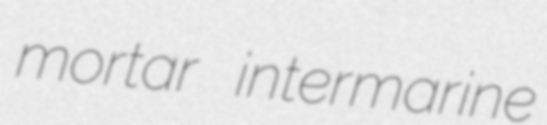
mortar intermarine